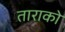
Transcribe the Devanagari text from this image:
ताराको